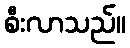
စီးလာသည်။